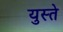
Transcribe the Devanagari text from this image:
युस्ते